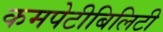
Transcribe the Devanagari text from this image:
कमपेटीबिलिटी